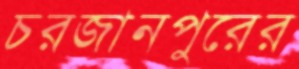
চরজানপুরের